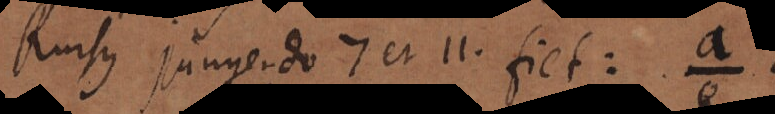
Rursus jungendo 7 et 11 fiet: